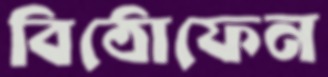
বিঠোফেন